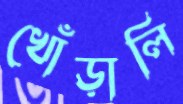
খোঁড়ালি